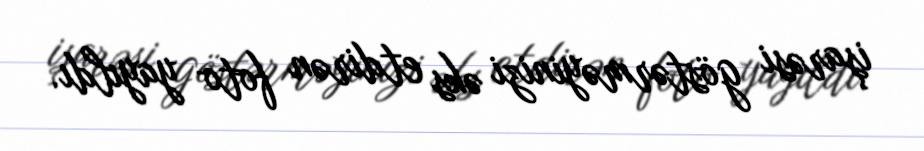
işarəsi göstərməyinizi əks etdirən foto yayıldı.